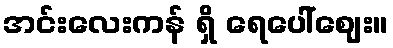
အင်းလေးကန် ရှိ ရေပေါ်ဈေး။